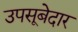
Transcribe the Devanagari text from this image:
उपसूबेदार